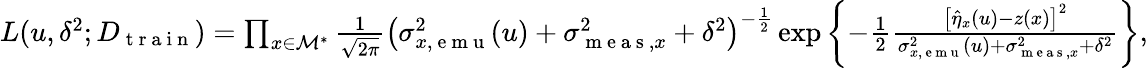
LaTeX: \begin{array}{r}{L(u,\delta^{2};D_{\mathrm{~t~r~a~i~n~}})=\prod_{x\in\mathcal{M}^{*}}\frac{1}{\sqrt{2\pi}}\left(\sigma_{x,\mathrm{~e~m~u~}}^{2}(u)+\sigma_{\mathrm{~m~e~a~s~},x}^{2}+\delta^{2}\right)^{-\frac 12}\exp\left\{ -\frac{1}{2}\frac{\left[\hat{\eta}_{x}(u)-z(x)\right]^{2}}{\sigma_{x,\mathrm{~e~m~u~}}^{2}(u)+\sigma_{\mathrm{~m~e~a~s~},x}^{2}+\delta^{2}}\right\} ,}\end{array}